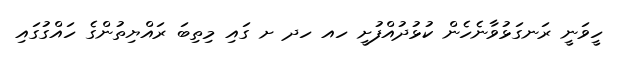
ހީވަނީ ރަނގަޅުވާނެހެން ކުޅުދުއްފުށީ ހއ ހދ ށ ގައި މިތިބަ ރައްޔިތުންގެ ހައްގުގައި